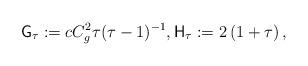
LaTeX: \begin{align*}\mathsf{G}_\tau:=c C_g^2\tau(\tau-1)^{-1},\mathsf{H}_\tau:=2\left(1+\tau\right),\end{align*}